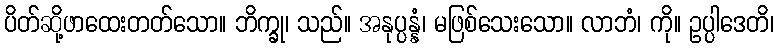
ပိတ်ဆို့ဖာထေးတတ်သော။ ဘိက္ခု၊ သည်။ အနုပ္ပန္နံ၊ မဖြစ်သေးသော။ လာဘံ၊ ကို။ ဥပ္ပါဒေတိ၊